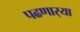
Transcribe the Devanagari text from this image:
पढणार्‍या